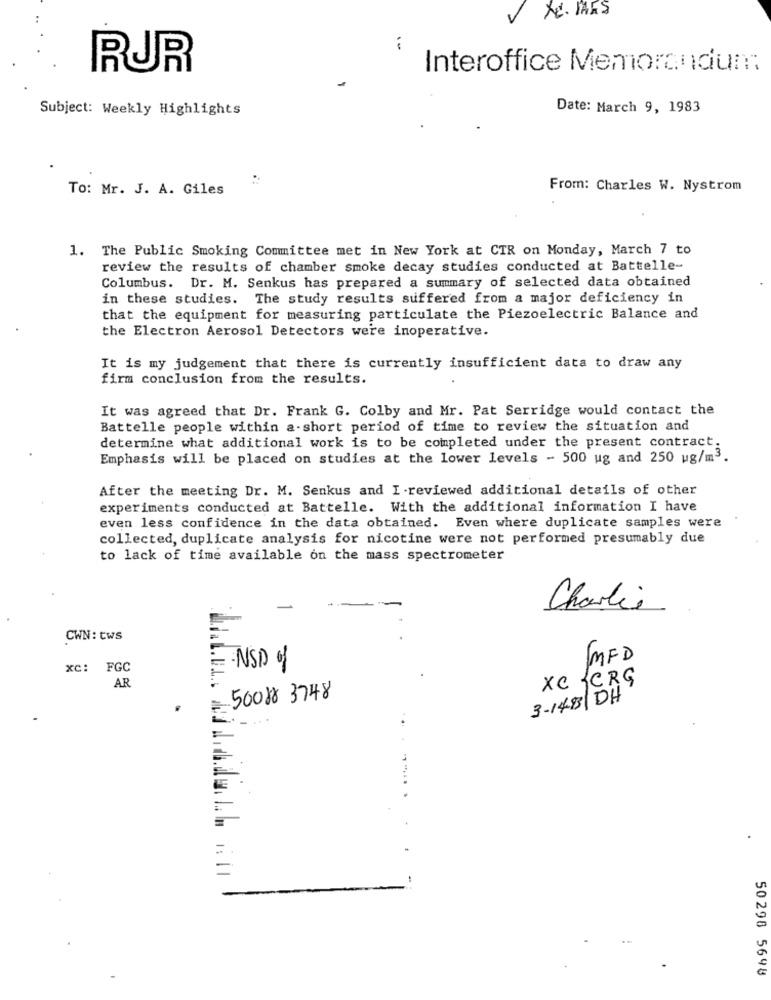
TE. MAKS
..
RUR
Interoffice Memorandum:
Subject: Weekly Highlights
Date: March 9, 1983
To: Mr. J. A. Giles
From: Charles W. Nystrom
1. The Public Smoking Committee met in New York at CTR on Monday, March 7 to
review the results of chamber smoke decay studies conducted at Battelle-
Columbus. Dr. M. Senkus has prepared a summary of selected data obtained
in these studies. The study results suffered from a major deficiency in
that the equipment for measuring particulate the Piezoelectric Balance and
the Electron Aerosol Detectors were inoperative.
It is my judgement that there is currently insufficient data to draw any
firm conclusion from the results.
It was agreed that Dr. Frank G. Colby and Mr. Pat Serridge would contact the
Battelle people within a short period of time to review the situation and
determine what additional work is to be completed under the present contract.
Emphasis will be placed on studies at the lower levels - 500 ug and 250 ug/m3.
After the meeting Dr. M. Senkus and I reviewed additional details of other
experiments conducted at Battelle. With the additional information I have
even less confidence in the data obtained. Even where duplicate samples were
collected, duplicate analysis for nicotine were not performed presumably due
to lack of time available on the mass spectrometer
Charlie
CWN: tws
MFD
xc: FGC
=NSD of
XC {CRG
AR
50088 3748
3-143/ DH
..
=
50296 5698